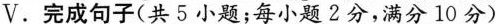
V.完成句子（共5小题；每小题2分，满分10分）